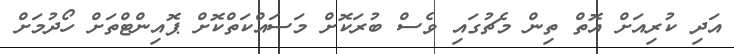
އަދި ކުރިއަށް އޮތް ތިން މެޗުގައި ވެސް ބުރަކޮށް މަސައްކަތްކޮށް ޕޮއިންޓްތަށް ހޯދުމަށް